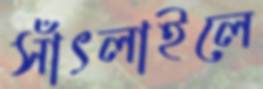
সাঁৎলাইলে